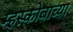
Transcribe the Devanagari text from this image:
म्हस्कोबाच्या